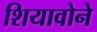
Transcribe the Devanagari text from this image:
शियावोने